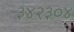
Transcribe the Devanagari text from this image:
३४२३०४